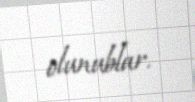
olunublar.